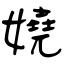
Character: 嬈